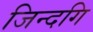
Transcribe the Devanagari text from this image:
जिन्दगि